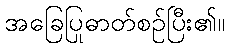
အခြေပြုဓာတ်စဉ်ပြီး၏။